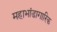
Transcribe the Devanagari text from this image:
महाभांडागारिक